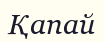
Қапай